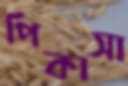
পিকাসা